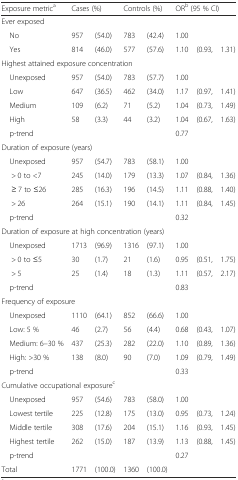
<table><thead><tr><td><b>Exposure metric<sup>a</sup></b></td><td colspan="2"><b>Cases (%)</b></td><td colspan="2"><b>Controls (%)</b></td><td colspan="3"><b>OR<sup>b</sup> (95 % CI)</b></td></tr></thead><tbody><tr><td colspan="8">Ever exposed</td></tr><tr><td> No</td><td>957</td><td>(54.0)</td><td>783</td><td>(42.4)</td><td>1.00</td><td></td><td></td></tr><tr><td> Yes</td><td>814</td><td>(46.0)</td><td>577</td><td>(57.6)</td><td>1.10</td><td>(0.93,</td><td>1.31)</td></tr><tr><td colspan="8">Highest attained exposure concentration</td></tr><tr><td> Unexposed</td><td>957</td><td>(54.0)</td><td>783</td><td>(57.7)</td><td>1.00</td><td></td><td></td></tr><tr><td> Low</td><td>647</td><td>(36.5)</td><td>462</td><td>(34.0)</td><td>1.17</td><td>(0.97,</td><td>1.41)</td></tr><tr><td> Medium</td><td>109</td><td>(6.2)</td><td>71</td><td>(5.2)</td><td>1.04</td><td>(0.73,</td><td>1.49)</td></tr><tr><td> High</td><td>58</td><td>(3.3)</td><td>44</td><td>(3.2)</td><td>1.04</td><td>(0.67,</td><td>1.63)</td></tr><tr><td> p-trend</td><td></td><td></td><td></td><td></td><td>0.77</td><td></td><td></td></tr><tr><td colspan="8">Duration of exposure (years)</td></tr><tr><td> Unexposed</td><td>957</td><td>(54.7)</td><td>783</td><td>(58.1)</td><td>1.00</td><td></td><td></td></tr><tr><td>&gt; 0 to &lt;7</td><td>245</td><td>(14.0)</td><td>179</td><td>(13.3)</td><td>1.07</td><td>(0.84,</td><td>1.36)</td></tr><tr><td>≥ 7 to ≤26</td><td>285</td><td>(16.3)</td><td>196</td><td>(14.5)</td><td>1.11</td><td>(0.88,</td><td>1.40)</td></tr><tr><td>&gt; 26</td><td>264</td><td>(15.1)</td><td>190</td><td>(14.1)</td><td>1.11</td><td>(0.84,</td><td>1.45)</td></tr><tr><td> p-trend</td><td></td><td></td><td></td><td></td><td>0.32</td><td></td><td></td></tr><tr><td colspan="8">Duration of exposure at high concentration (years)</td></tr><tr><td> Unexposed</td><td>1713</td><td>(96.9)</td><td>1316</td><td>(97.1)</td><td>1.00</td><td></td><td></td></tr><tr><td>&gt; 0 to ≤5</td><td>30</td><td>(1.7)</td><td>21</td><td>(1.6)</td><td>0.95</td><td>(0.51,</td><td>1.75)</td></tr><tr><td>&gt; 5</td><td>25</td><td>(1.4)</td><td>18</td><td>(1.3)</td><td>1.11</td><td>(0.57,</td><td>2.17)</td></tr><tr><td> p-trend</td><td></td><td></td><td></td><td></td><td>0.83</td><td></td><td></td></tr><tr><td colspan="8">Frequency of exposure</td></tr><tr><td> Unexposed</td><td>1110</td><td>(64.1)</td><td>852</td><td>(66.6)</td><td>1.00</td><td></td><td></td></tr><tr><td> Low: 5 %</td><td>46</td><td>(2.7)</td><td>56</td><td>(4.4)</td><td>0.68</td><td>(0.43,</td><td>1.07)</td></tr><tr><td> Medium: 6–30 %</td><td>437</td><td>(25.3)</td><td>282</td><td>(22.0)</td><td>1.10</td><td>(0.89,</td><td>1.36)</td></tr><tr><td> High: &gt;30 %</td><td>138</td><td>(8.0)</td><td>90</td><td>(7.0)</td><td>1.09</td><td>(0.79,</td><td>1.49)</td></tr><tr><td> p-trend</td><td></td><td></td><td></td><td></td><td>0.33</td><td></td><td></td></tr><tr><td colspan="8">Cumulative occupational exposure<sup>c</sup></td></tr><tr><td> Unexposed</td><td>957</td><td>(54.6)</td><td>783</td><td>(58.0)</td><td>1.00</td><td></td><td></td></tr><tr><td> Lowest tertile</td><td>225</td><td>(12.8)</td><td>175</td><td>(13.0)</td><td>0.95</td><td>(0.73,</td><td>1.24)</td></tr><tr><td> Middle tertile</td><td>308</td><td>(17.6)</td><td>204</td><td>(15.1)</td><td>1.16</td><td>(0.93,</td><td>1.45)</td></tr><tr><td> Highest tertile</td><td>262</td><td>(15.0)</td><td>187</td><td>(13.9)</td><td>1.13</td><td>(0.88,</td><td>1.45)</td></tr><tr><td> p-trend</td><td></td><td></td><td></td><td></td><td>0.27</td><td></td><td></td></tr><tr><td>Total</td><td>1771</td><td>(100.0)</td><td>1360</td><td>(100.0)</td><td></td><td></td><td></td></tr></tbody></table>